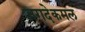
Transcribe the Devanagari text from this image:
जगदेकमल